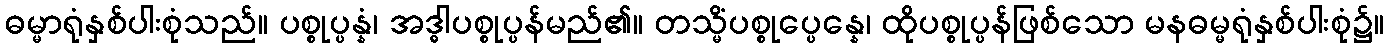
ဓမ္မာရုံနှစ်ပါးစုံသည်။ ပစ္စုပ္ပန္နံ၊ အဒ္ဓါပစ္စုပ္ပန်မည်၏။ တသ္မိံပစ္စုပ္ပေန္နေ၊ ထိုပစ္စုပ္ပန်ဖြစ်သော မနဓမ္မရုံနှစ်ပါးစုံ၌။